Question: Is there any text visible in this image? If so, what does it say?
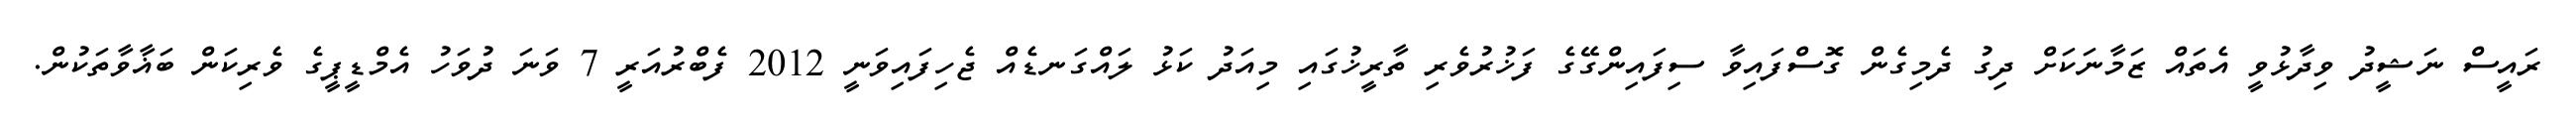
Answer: ރައީސް ނަޝީދު ވިދާޅުވީ އެތައް ޒަމާނަކަށް ދިގު ދެމިގެން ގޮސްފައިވާ ސިފައިންގޭގެ ފަޚުރުވެރި ތާރީޚުގައި މިއަދު ކަޅު ލައްގަނޑެއް ޖެހިފައިވަނީ 2012 ފެބްރުއަރީ 7 ވަނަ ދުވަހު އެމްޑީޕީގެ ވެރިކަން ބަޣާވާތަކުން.